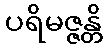
ပရိမဇ္ဇန္တိ